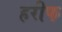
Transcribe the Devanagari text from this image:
हरीफ